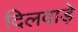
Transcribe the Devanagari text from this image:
दिलवाड़े